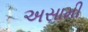
અસામી